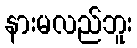
နားမလည်ဘူး